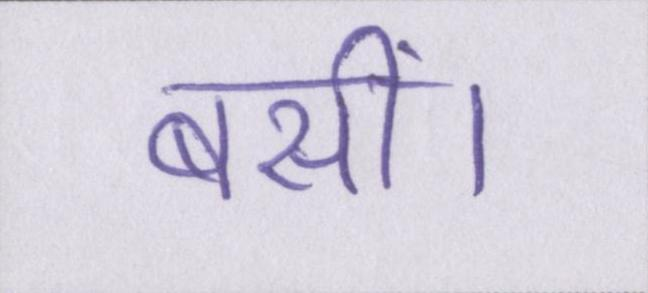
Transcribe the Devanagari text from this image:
बसीं।